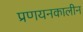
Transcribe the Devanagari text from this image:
प्रणयनकालीन